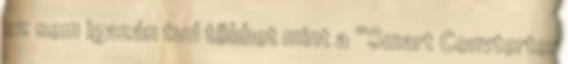
ez sem igazán tud többet mint a “Smart Convterter